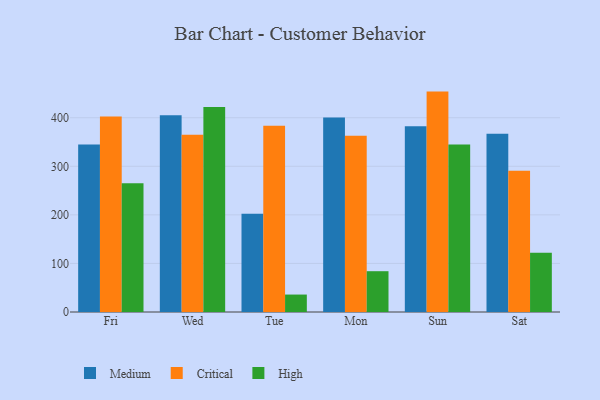
{"axis": {"x": "Day", "y": "Headcount"}, "legend": ["Critical", "High", "Medium"], "data": [{"x": "Fri", "y": 344.7, "type": "Medium"}, {"x": "Fri", "y": 402.7, "type": "Critical"}, {"x": "Fri", "y": 265.1, "type": "High"}, {"x": "Wed", "y": 405.2, "type": "Medium"}, {"x": "Wed", "y": 365.1, "type": "Critical"}, {"x": "Wed", "y": 422.1, "type": "High"}, {"x": "Tue", "y": 202.4, "type": "Medium"}, {"x": "Tue", "y": 383.3, "type": "Critical"}, {"x": "Tue", "y": 35.9, "type": "High"}, {"x": "Mon", "y": 400.5, "type": "Medium"}, {"x": "Mon", "y": 363.1, "type": "Critical"}, {"x": "Mon", "y": 84.0, "type": "High"}, {"x": "Sun", "y": 382.3, "type": "Medium"}, {"x": "Sun", "y": 453.8, "type": "Critical"}, {"x": "Sun", "y": 345.0, "type": "High"}, {"x": "Sat", "y": 366.9, "type": "Medium"}, {"x": "Sat", "y": 290.9, "type": "Critical"}, {"x": "Sat", "y": 121.8, "type": "High"}]}